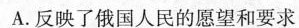
A.反映了俄国人民的愿望和要求